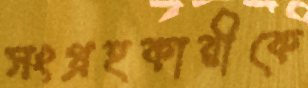
সংগ্রহকারীকে